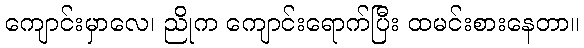
ကျောင်းမှာလေ၊ ညိုက ကျောင်းရောက်ပြီး ထမင်းစားနေတာ။